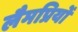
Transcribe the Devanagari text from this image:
लैमप्रियों